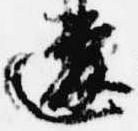
違